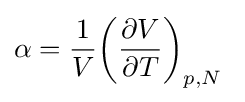
\alpha ={\frac {1}{V}}{\biggl (}{\frac {\partial V}{\partial T}}{\biggr )}_{p,N}\